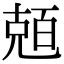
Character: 兡